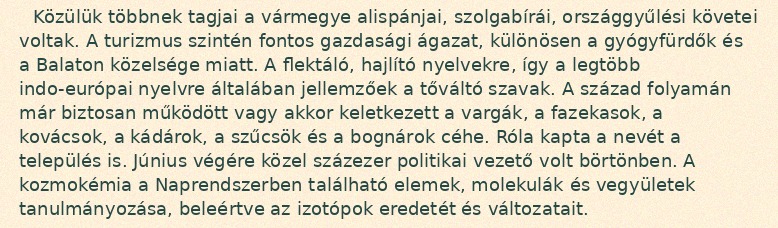
Közülük többnek tagjai a vármegye alispánjai, szolgabírái, országgyűlési követei voltak. A turizmus szintén fontos gazdasági ágazat, különösen a gyógyfürdők és a Balaton közelsége miatt. A flektáló, hajlító nyelvekre, így a legtöbb indo-európai nyelvre általában jellemzőek a tőváltó szavak. A század folyamán már biztosan működött vagy akkor keletkezett a vargák, a fazekasok, a kovácsok, a kádárok, a szűcsök és a bognárok céhe. Róla kapta a nevét a település is. Június végére közel százezer politikai vezető volt börtönben. A kozmokémia a Naprendszerben található elemek, molekulák és vegyületek tanulmányozása, beleértve az izotópok eredetét és változatait.